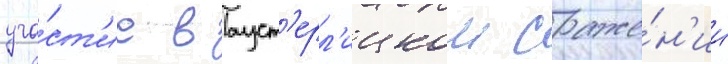
уча́ст'ие в ауст'ерл'ицком сраже́н'ии